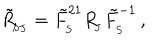
\tilde { R } _ { _ { \! S J } } ^ { } = \tilde { F } _ { _ { \! S } } ^ { 2 1 } R _ { _ { \! J } } ^ { } \tilde { F } _ { _ { \! S } } ^ { - 1 } \, ,